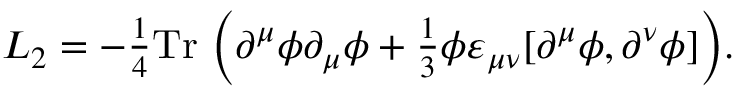
{ \cal L } _ { 2 } = - { \textstyle \frac 1 4 } \mathrm { T r } ~ \Bigl ( \partial ^ { \mu } \phi \partial _ { \mu } \phi + { \textstyle \frac 1 3 } \phi \varepsilon _ { \mu \nu } [ \partial ^ { \mu } \phi , \partial ^ { \nu } \phi ] \Bigr ) .